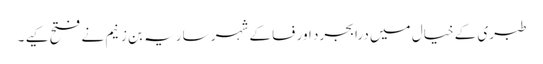
طبری کے خیال میں درابجرد اور فسا کے شہر ساریہ بن زنیم نے فتح کیے ۔